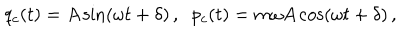
LaTeX: q _ { c } ( t ) = A \sin ( \omega t + \delta ) \, , \; \; p _ { c } ( t ) = m \omega A \cos ( \omega t + \delta ) \, ,